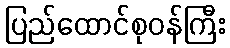
ပြည်ထောင်စုဝန်ကြီး